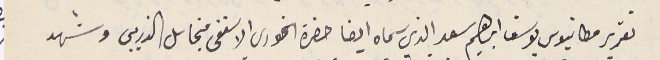
تقرير مطانيوس يوسف ابراهيم سعد الذي سماه ايضا حضرة الخورى الاسقفى مخايل الذريبي وشهد